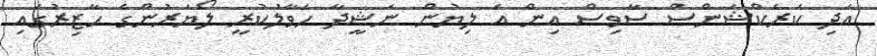
އަދި ކަރެކްޝަންސް ސާވިސް އިން އެ ލިޔުން ނަޝީދާ ހަވާލުކުރީ ލޯޔަރުންގެ ހާޒިރުގައި